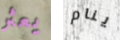
يعثر ينام